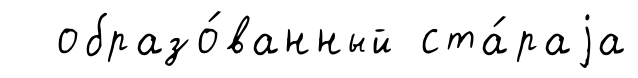
образо́ванный ста́раjа